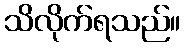
သိလိုက်ရသည်။